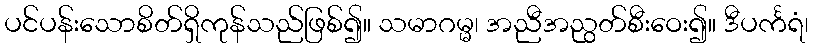
ပင်ပန်းသောစိတ်ရှိကုန်သည်ဖြစ်၍။ သမာဂမ္မ၊ အညီအညွတ်စီးဝေး၍။ ဒီပင်္ကရံ၊